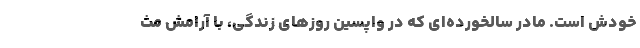
خودش است. مادر سالخورده‌اي که در واپسين روزهاي زندگي، با آرامش مث